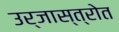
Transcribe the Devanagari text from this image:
उर्जास्त्रोत